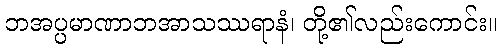
ဘအပ္ပမာဏာဘအာသဿရာနံ၊ တို့၏လည်းကောင်း။